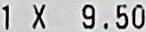
1 X 9.50